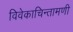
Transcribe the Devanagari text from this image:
विवेकाचिन्तामणी